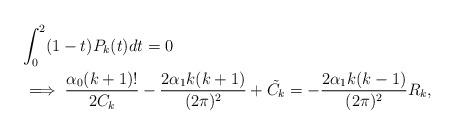
LaTeX: \begin{align*} &\int_{0}^{2}(1-t)P_{k}(t)dt=0\\ &\implies \frac{\alpha_{0}(k+1)!}{2C_{k}}-\frac{2\alpha_{1}k(k+1)}{(2\pi)^{2}}+\tilde{C_{k}}=-\frac{2\alpha_{1}k(k-1)}{(2\pi)^{2}}R_{k}, \end{align*}